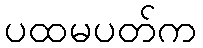
ပထမပတ်က